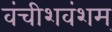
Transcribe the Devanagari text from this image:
वंचीशवंशम्